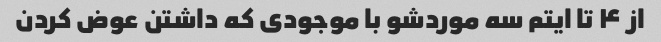
از ۴ تا ایتم سه موردشو با موجودی که داشتن عوض کردن